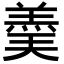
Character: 羮